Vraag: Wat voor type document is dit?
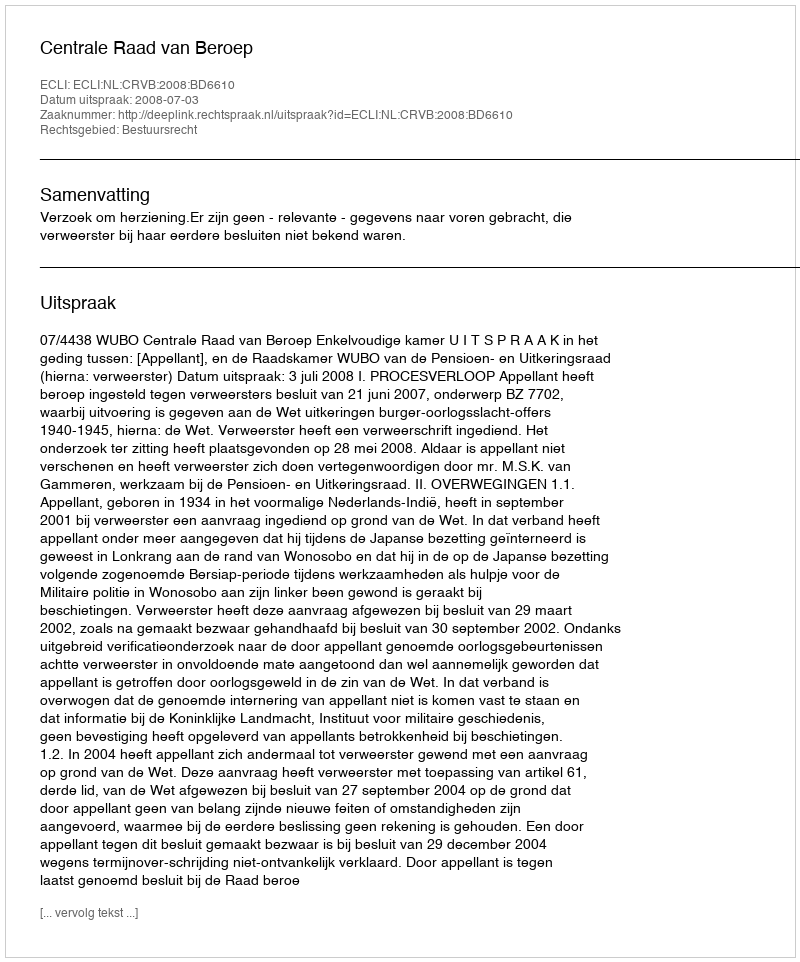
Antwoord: Uitspraak